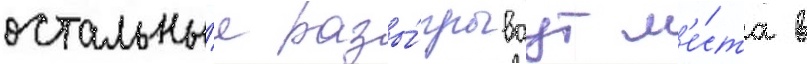
остальны́е разы́грываут м'е́ста в